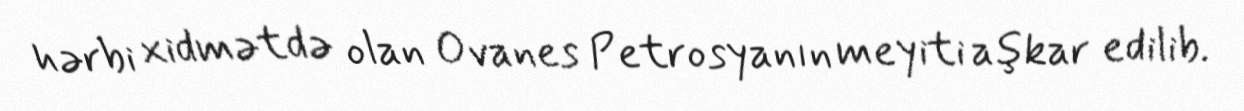
hərbi xidmətdə olan Ovanes Petrosyanın meyiti aşkar edilib.